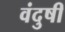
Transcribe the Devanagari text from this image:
वंदुषी